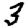
Digit: 3